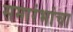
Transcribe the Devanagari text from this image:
समारंभांचा